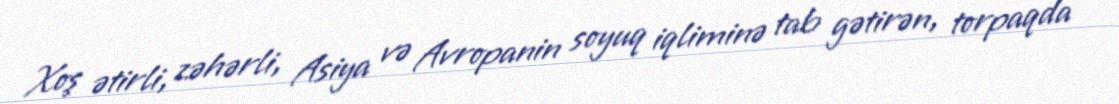
Xoş ətirli, zəhərli, Asiya və Avropanin soyuq iqliminə tab gətirən, torpaqda